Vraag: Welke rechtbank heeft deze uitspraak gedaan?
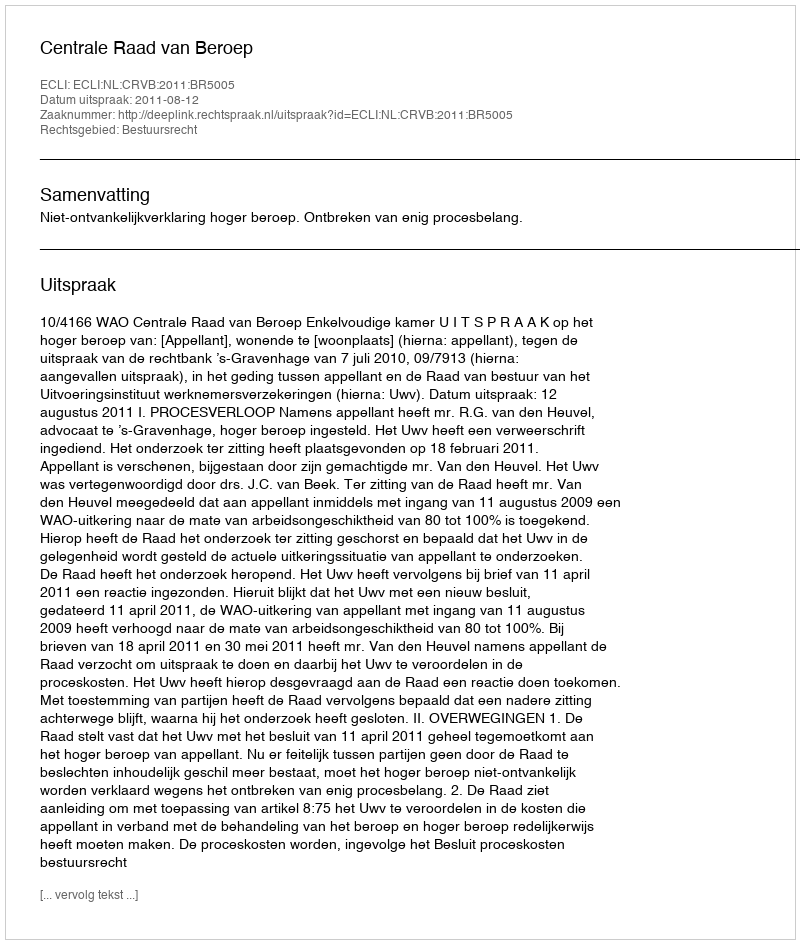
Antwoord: Centrale Raad van Beroep